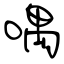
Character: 喁